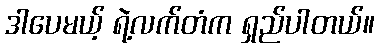
ဒါပေမယ့် ရဲ့လက်တံက ရှည်ပါတယ်။